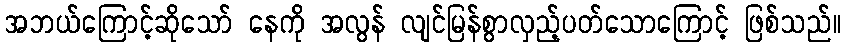
အဘယ်ကြောင့်ဆိုသော် နေကို အလွန် လျင်မြန်စွာလှည့်ပတ်သောကြောင့် ဖြစ်သည်။